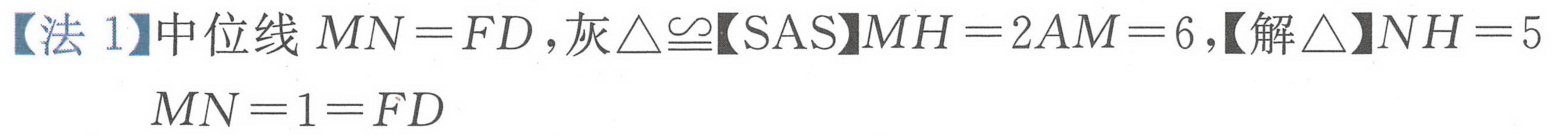
【法 1】中位线 \(MN = FD\)，灰\(\triangle\cong\)【SAS】\(MH = 2AM = 6\)，【解\(\triangle\)】\(NH = 5\)
\(MN = 1 = FD\)